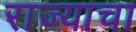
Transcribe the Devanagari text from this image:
राज्‍याचा